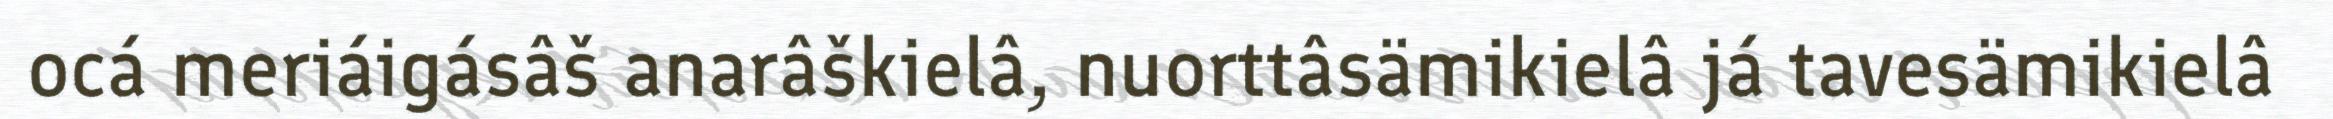
ocá meriáigásâš anarâškielâ, nuorttâsämikielâ já tavesämikielâ